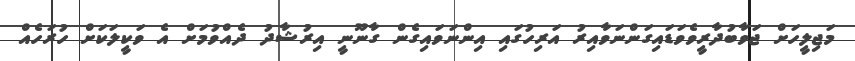
މަޖިލީހަށް ޖަވާބުދާރީވެވަޑައިގަންނަވާއިރު އަރިހުގައި އިންނަވައިގެން ގާނޫނީ އިރުޝާދު ދެއްވުމަށް އެ ވަކީލަކަށް ހުރަހެއް